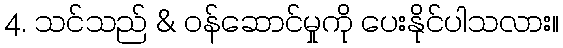
4. သင်သည် & ဝန်ဆောင်မှုကို ပေးနိုင်ပါသလား။